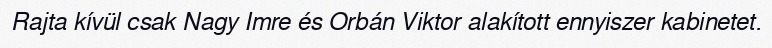
Rajta kívül csak Nagy Imre és Orbán Viktor alakított ennyiszer kabinetet.